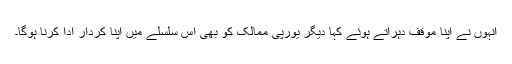
انہوں نے اپنا موقف دہراتے ہوئے کہا دیگر یورپی ممالک کو بھی اس سلسلے میں اپنا کردار ادا کرنا ہوگا۔